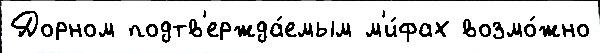
Дорном подтв'ержда́емым м'и́фах возмо́жно